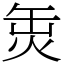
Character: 𤈣